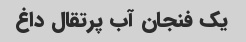
یک فنجان آب پرتقال داغ